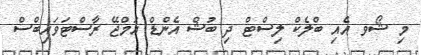
މި ޝޯވ އެއި ބްލެކް ލިސްޓް ދި ބުޝް އެންޑް އަމްޖޭ ރާސްޓަވައިބްސް